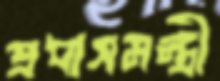
প্রধাসমন্ত্রী